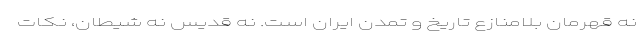
نه قهرمان بلامنازع تاریخ و تمدن ایران است. نه قدیس نه شیطان، نکات